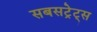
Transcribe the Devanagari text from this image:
सबसट्रेट्स